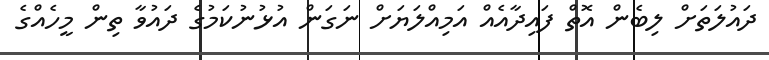
ދައުލަތަށް ލިބެން އޮތް ފައިދާއެއް އަމިއްލަޔަށް ނަގަން އުޅުނުކަމުގެ ދައުވާ ތިން މީހެއްގެ